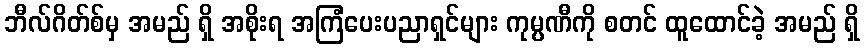
ဘီလ်ဂိတ်စ်မှ အမည် ရှိ အစိုးရ အကြံပေးပညာရှင်များ ကုမ္ပဏီကို စတင် ထူထောင်ခဲ့ အမည် ရှိ